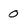
Character: 0